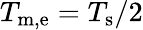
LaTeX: T_{\mathrm{m,e}}=T_{\mathrm{s}}/2